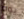
يوم